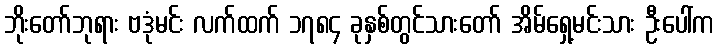
ဘိုးတော်ဘုရား ဗဒုံမင်း လက်ထက် ၁၇၈၄ ခုနှစ်တွင်သားတော် အိမ်ရှေ့မင်းသား ဦးပေါ်က